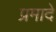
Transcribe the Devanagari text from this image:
प्रमादे